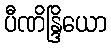
ပီဏိန္ဒြိယော